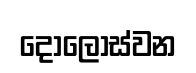
දෝලොස්වන